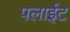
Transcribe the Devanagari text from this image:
पलाईट